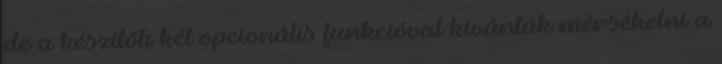
de a készítők két opcionális funkcióval kívánták mérsékelni a